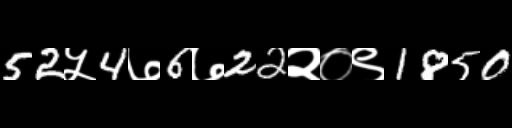
Text: 52५4७6७22२०९1850